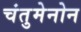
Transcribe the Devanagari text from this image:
चंतुमेनोन